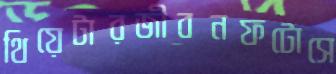
থিয়েটারজীবনফটোসে